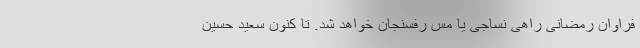
فراوان رمضانی راهی نساجی یا مس رفسنجان خواهد شد. تا کنون سعید حسین